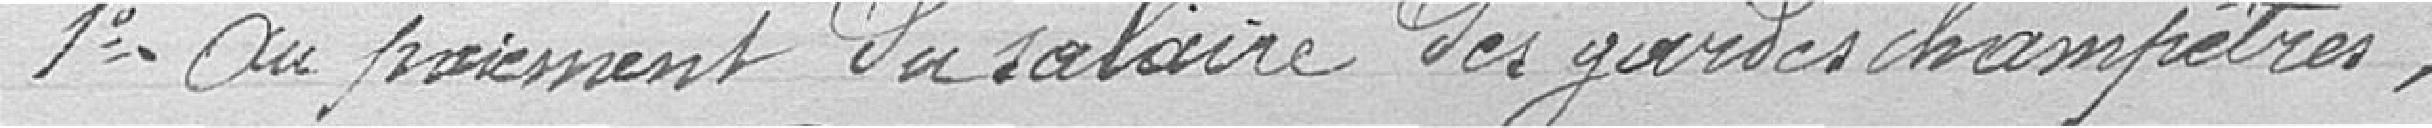
1° au paiement du salaire des gardes champêtres,